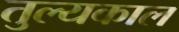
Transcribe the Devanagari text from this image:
तुल्यकाल